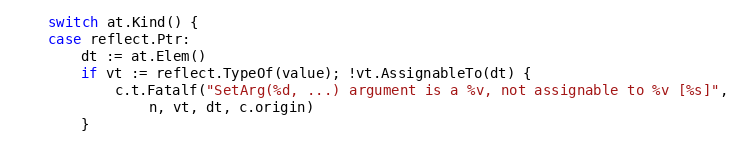
Language: Go
	switch at.Kind() {
	case reflect.Ptr:
		dt := at.Elem()
		if vt := reflect.TypeOf(value); !vt.AssignableTo(dt) {
			c.t.Fatalf("SetArg(%d, ...) argument is a %v, not assignable to %v [%s]",
				n, vt, dt, c.origin)
		}